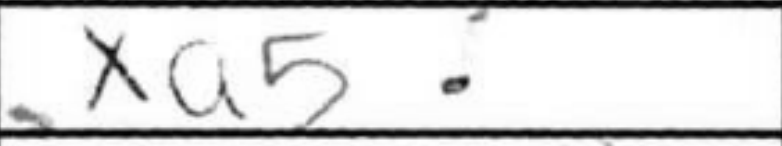
Transcription: xa5